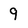
Character: 9